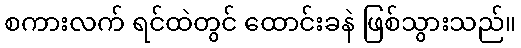
စကားလက် ရင်ထဲတွင် ထောင်းခနဲ ဖြစ်သွားသည်။